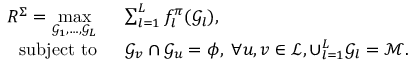
\begin{array} { r l r l } { R ^ { \Sigma } = \underset { \mathcal { G } _ { 1 } , \ldots , \mathcal { G } _ { L } } { \mathrm { m a x } } } & { \; \; \sum _ { l = 1 } ^ { L } f _ { l } ^ { \pi } ( \mathcal { G } _ { l } ) , } & & { } \\ { \mathrm { s u b j e c t ~ t o } } & { \; \; \mathcal { G } _ { v } \cap \mathcal { G } _ { u } = \phi , \; \forall u , v \in \mathcal { L } , \cup _ { l = 1 } ^ { L } \mathcal { G } _ { l } = \mathcal { M } . } \end{array}